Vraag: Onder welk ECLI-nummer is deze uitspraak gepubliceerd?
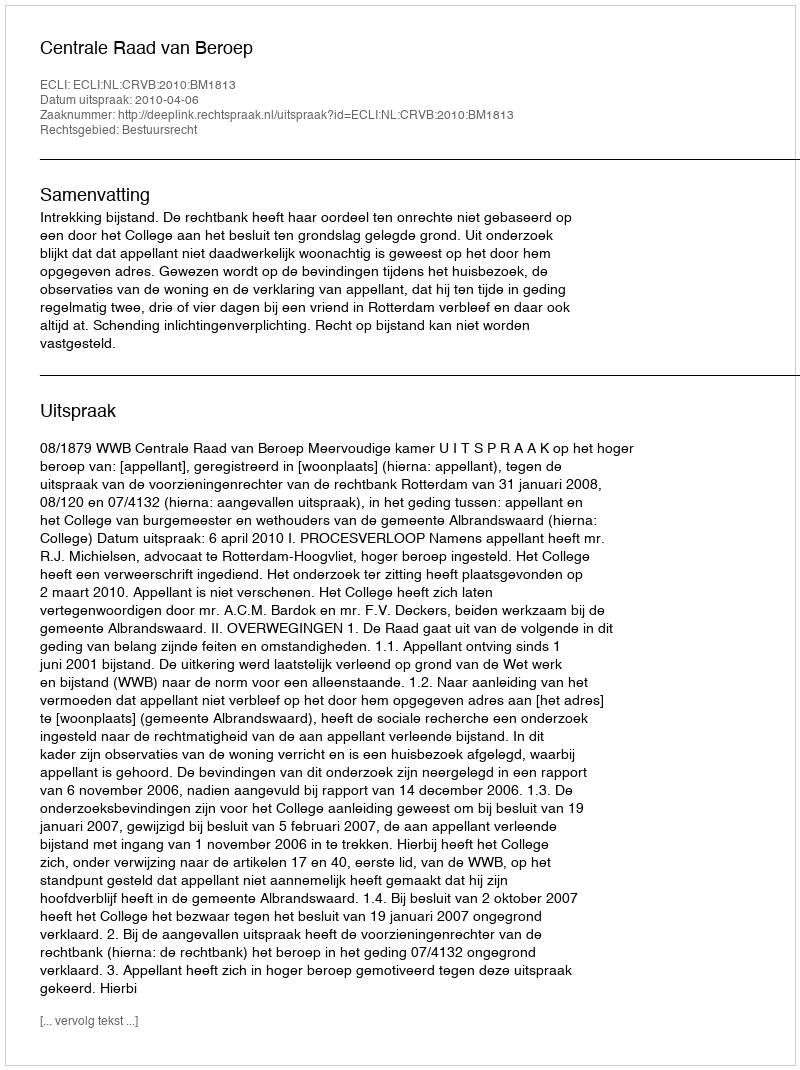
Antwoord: ECLI:NL:CRVB:2010:BM1813